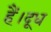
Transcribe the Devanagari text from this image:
हैं।दूध